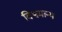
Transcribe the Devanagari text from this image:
विश्वमान्य